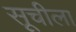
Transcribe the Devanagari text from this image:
सूचीला